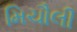
મિચૌલી